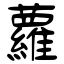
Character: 蘿